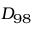
D _ { 9 8 }